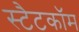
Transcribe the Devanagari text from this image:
स्टैटकॉम